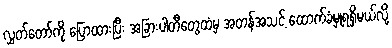
လွှတ်တော်ကို ပြောထားပြီး အခြားပါတီတွေထံမှ အတန်အသင့် ထောက်ခံမှုရရှိမယ်လို့